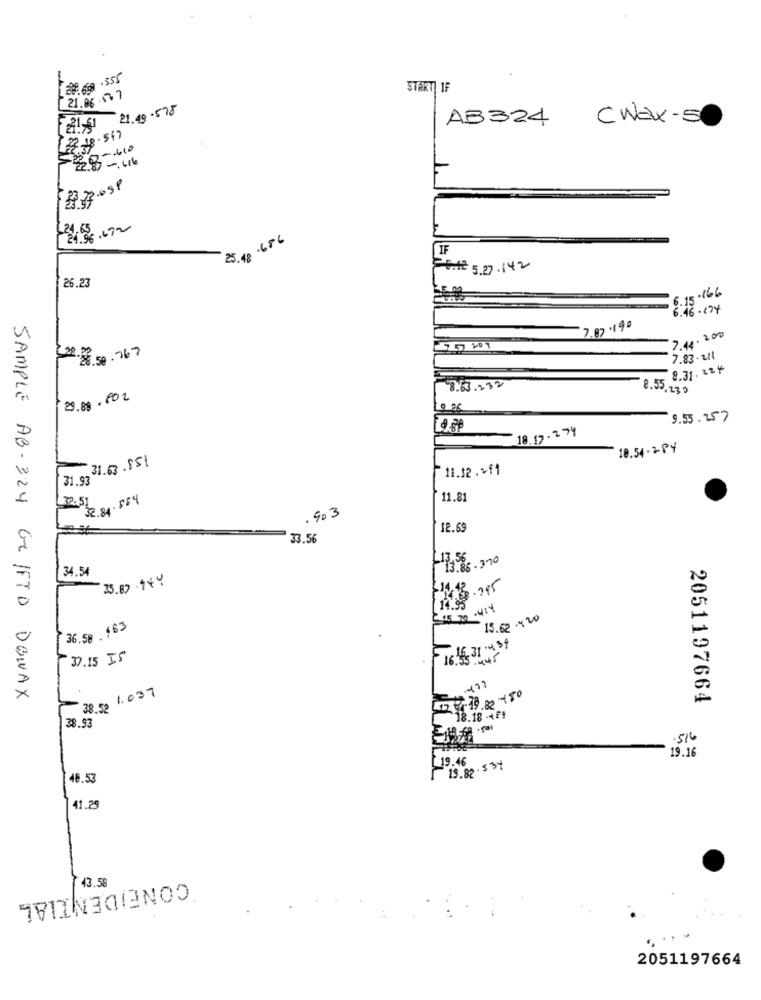
-4
START IF
21.06.527
21.49-578
AB324 C Wax-5c
[22.18.547
-. 610
24.63 .692
25.48
LIF
26.12 5.27 .142
26.23
6.15 .166
6.46-174
7.87 140
7.44. 200
22.18. 50. 767
7.83 - 2tl
8.31. 224
8.63.232
8.55.130
29.89. 802
10. 25
9.55.257
19.30
18.17 . 2 74
10.54-284
31.63.851
11.12.+11
31.93
32.51
32.84. 884
11.81
.903
12.69
33.56
34.54
-17568 . 3.70
35.87 14Y
C+5 70 .414
15.62 .420
36.58 .163
Fre 16 31 4 34
37.15 IS
SAMPLE AB-324 GLIFTD DOWAX
38.52 1.037
525-19 8 150
2051197664
38.93
18.18 -4f1
.516
19.16
[19.46
19.82. 5 34
48.53
41.25
43.59
CONFIDENTIAL
2051197664